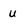
Character: u